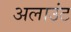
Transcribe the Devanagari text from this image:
अलाउंट